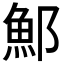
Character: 𫑨